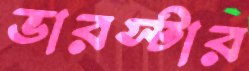
ভারস্টার